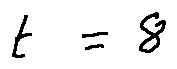
t = 8